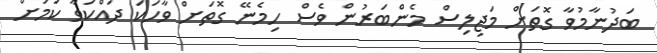
ބަދުނާމުވާ ގޮތަށް މަޖިލިސް މެންބަރުން ވެސް ހިމެނޭ ގޮތަށް ވާހަަކަ ދައްކަވާ ކަމަށް